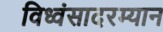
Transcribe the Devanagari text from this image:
विध्वंसादरम्यान